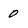
Character: 0